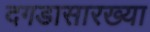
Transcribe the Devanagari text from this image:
दगडासारख्या